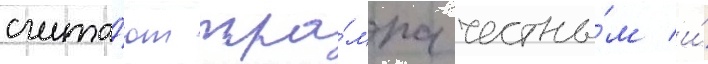
счита́ют тра́мпа честны́м и́